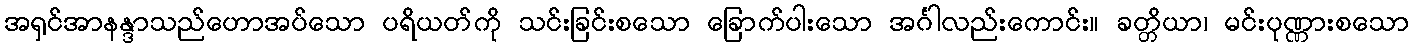
အရှင်အာနန္ဒာသည်ဟောအပ်သော ပရိယတ်ကို သင်းခြင်းစသော ခြောက်ပါးသော အင်္ဂါလည်းကောင်း။ ခတ္တိယာ၊ မင်းပုဏ္ဏားစသော